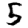
Digit: 5